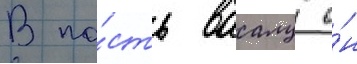
В па́сть ваалу о́н